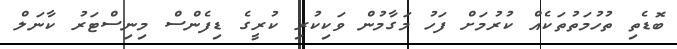
ބޮޑެތި ތުހުމަތުތަކެއް ކުރުމަށް ފަހު މަގާމުން ވަކިކުރި ކުރީގެ ޑިފެންސް މިނިސްޓަރު ކާނަލް